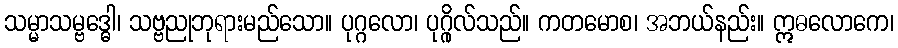
သမ္မာသမ္ဗဒ္ဓေါ၊ သဗ္ဗညုဘုရားမည်သော။ ပုဂ္ဂလော၊ ပုဂ္ဂိုလ်သည်။ ကတမောစ၊ အဘယ်နည်း။ ဣဓလောကေ၊